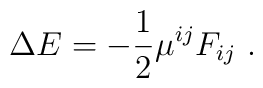
\Delta E=-{1\over2}\mu^{ij}F_{ij}\ .